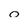
Character: 0